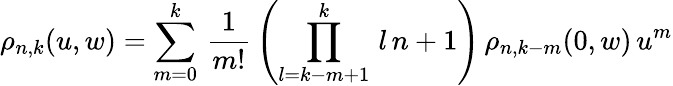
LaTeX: \rho_{n,k}(u,w)=\sum_{m=0}^{k}\, \frac{1}{m!}\, \left(\prod_{l=k-m+1}^{k}\, l\, n+1\right)\, \rho_{n,k-m}(0,w)\, u^{m}